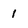
Character: 1